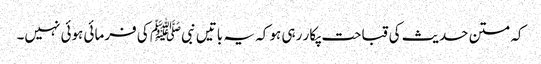
کہ متن حدیث کی قباحت پکار رہی ہو کہ یہ باتیں نبیﷺ کی فرمائی ہوئی نہیں۔